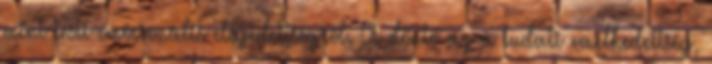
mint testi-emocionális elégedettségről. A döntő az a tudati emelkedettség,